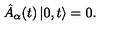
\hat { A } _ { \alpha } ( t ) \left| 0 , t \right> = 0 .